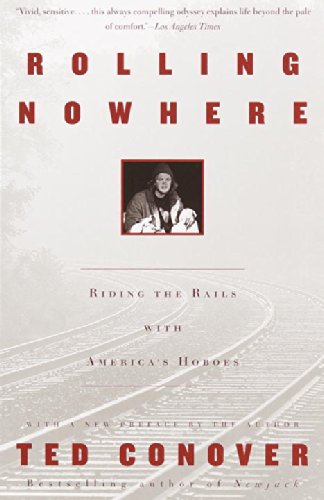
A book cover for Rolling Nowhere: Riding the Rails with America's Hoboes; Ted Conover; Engineering & Transportation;